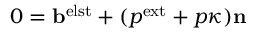
0 = \mathbf b ^ { \mathrm { e l s t } } + ( p ^ { \mathrm { e x t } } + p \kappa ) \mathbf n